Note on the mental hospitals in Burma - 1925-1940
Year: 1925
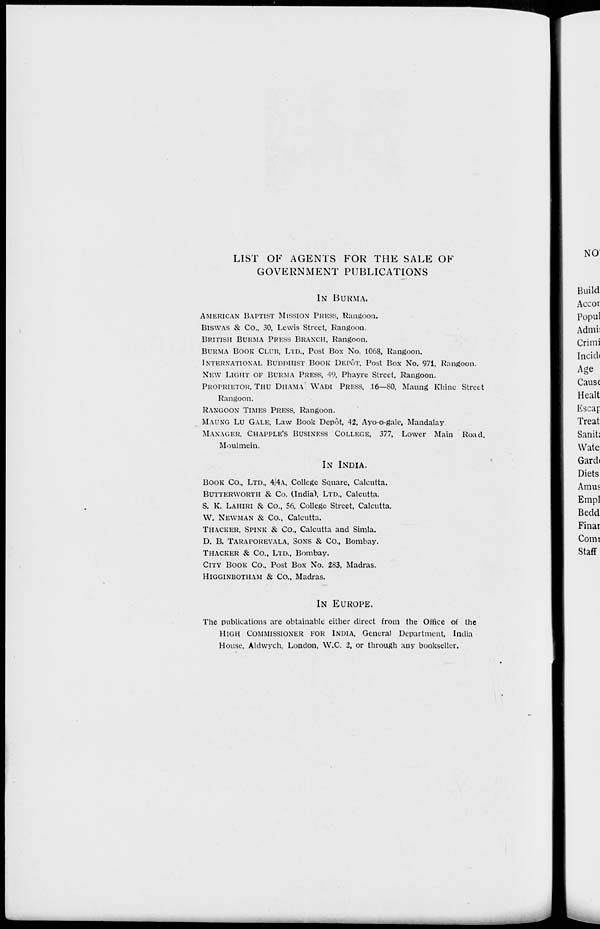
LIST OF AGENTS FOR THE SALE OF
GOVERNMENT PUBLICATIONS
IN BURMA.
AMERICAN BAPTIST MISSION PRESS, Rangoon.
BISWAS & Co., 30, Lewis Street, Rangoon.
BRITISH BURMA PRESS BRANCH, Rangoon.
BURMA BOOK CLUB, LTD., Post Box No. 1068, Rangoon.
INTERNATIONAL BUDDHIST BOOK DEPÔT. Post Box No. 971, Rangoon.
NEW LIGHT OF BURMA PRESS, 49, Phayre Street, Rangoon.
PROPRIETOR, THU DHAMA WADI PRESS, 16—80, Maung Khine Street
Rangoon.
RANGOON TIMES PRESS, Rangoon.
MAUNG LU GALE, Law Book Depôt, 42, Ayo-o-gale, Mandalay
MANAGER, CHAPPLE'S BUSINESS COLLEGE, 377, Lower Main Road,
Moulmein.
IN INDIA.
BOOK CO., LTD., 4/4A. College Square, Calcutta.
BUTTERWORTH & Co. (India), LTD., Calcutta.
S. K. LAHIRI & Co., 56, College Street, Calcutta.
W. NEWMAN & Co., Calcutta.
THACKER, SPINK & Co., Calcutta and Simla.
D. B. TARAPOREVALA, SONS & Co., Bombay.
THACKER & Co., LTD., Bombay.
CITY BOOK Co., Post Box No. 283, Madras.
HIGGINBOTHAM & Co., Madras.
IN EUROPE.
The publications are obtainable either direct from the Office of the
HIGH COMMISSIONER FOR INDIA, General Department, India
House, Aldwych, London, W.C. 2, or through any bookseller.